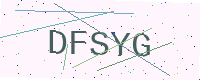
Text: DFSYG